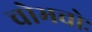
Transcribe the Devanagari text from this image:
चोभचोः